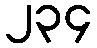
၂၃၄